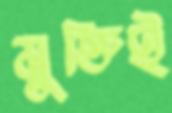
মুক্তিই